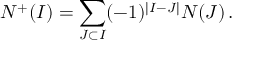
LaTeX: N ^ { + } ( I ) = \sum _ { J \subset I } ( - 1 ) ^ { | I - J | } N ( J ) \, .